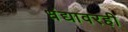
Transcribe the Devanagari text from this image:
धंद्यावरही